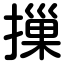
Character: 摷